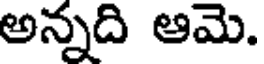
అన్నది ఆమె.